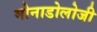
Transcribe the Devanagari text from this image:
मोनाडोलोजी